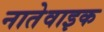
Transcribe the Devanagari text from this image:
नातेवाइक